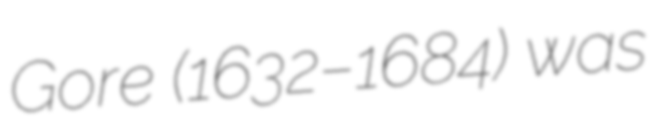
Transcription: Gore (1632–1684) was